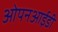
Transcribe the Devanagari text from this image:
ओपनआईडी